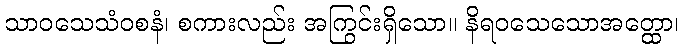
သာဝသေသံဝစနံ၊ စကားလည်း အကြွင်းရှိသော။ နိရဝသေသောအတ္ထော၊